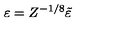
\varepsilon = Z ^ { - 1 / 8 } \tilde { \varepsilon }